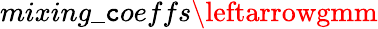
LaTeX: mixing\_ \mathtt{c}oeffs\leftarrowgmm